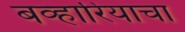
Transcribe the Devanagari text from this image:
बव्हारियाचा